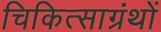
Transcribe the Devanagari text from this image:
चिकित्साग्रंथों